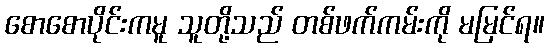
စောစောပိုင်းကမူ သူတို့သည် တစ်ဖက်ကမ်းကို မမြင်ရ။